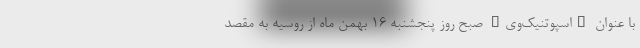
با عنوان "اسپوتنیک‌وی" صبح روز پنجشنبه ۱۶ بهمن ماه از روسیه به مقصد